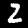
Label: 2